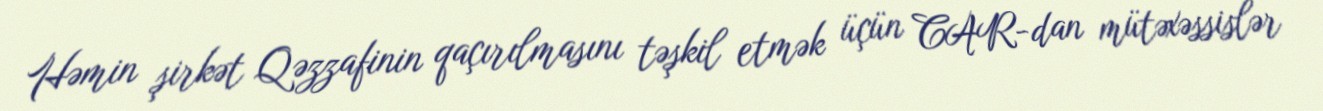
Həmin şirkət Qəzzafinin qaçırılmasını təşkil etmək üçün CAR-dan mütəxəssislər